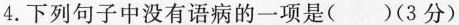
4.下列句子中没有语病的一项是()(3分)